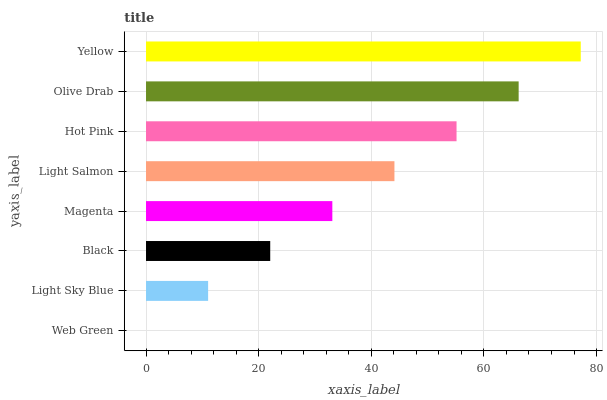
| yaxis_label | bars |
 | --- | --- |
 | Web Green | 0 |
 | Light Sky Blue | 11 |
 | Black | 22.1 |
 | Magenta | 33.1 |
 | Light Salmon | 44.1 |
 | Hot Pink | 55.1 |
 | Olive Drab | 66.2 |
 | Yellow | 77.2 |